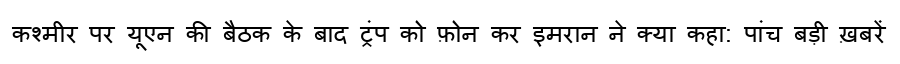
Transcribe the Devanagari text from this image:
कश्मीर पर यूएन की बैठक के बाद ट्रंप को फ़ोन कर इमरान ने क्या कहा: पांच बड़ी ख़बरें